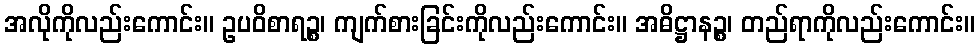
အလိုကိုလည်းကောင်း။ ဥပဝိစာရဉ္စ၊ ကျက်စားခြင်းကိုလည်းကောင်း။ အဓိဋ္ဌာနဉ္စ၊ တည်ရာကိုလည်းကောင်း။